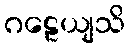
ဂဠေယျသိ